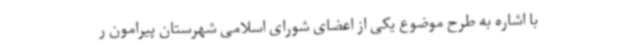
با اشاره به طرح موضوع یکی از اعضای شورای اسلامی شهرستان پیرامون ر